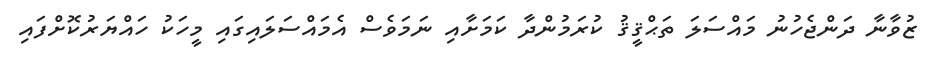
ޒުވާނާ ދަންޖެހުނު މައްސަލަ ތަޙްޤީޤު ކުރަމުންދާ ކަމަށާއި ނަމަވެސް އެމައްސަލައިގައި މީހަކު ހައްޔަރުކޮށްފައި